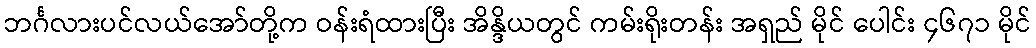
ဘင်္ဂလားပင်လယ်အော်တို့က ဝန်းရံထားပြီး အိန္ဒိယတွင် ကမ်းရိုးတန်း အရှည် မိုင် ပေါင်း ၄၆၇၁ မိုင်